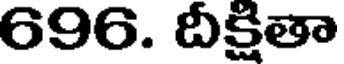
696. దీక్షితా